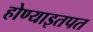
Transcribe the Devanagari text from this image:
होण्याइतपत